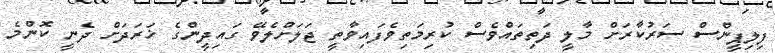
ފިލިޕީންސް ސަރުކާރަށް މާލީ ދަތިތައްވެސް ކުރިމަތިވެފައިވާތީ ޖަލަށްލެވޭ ގައިދީންގެ ޚަރަދަށް ދެނީ ކޮންމެ